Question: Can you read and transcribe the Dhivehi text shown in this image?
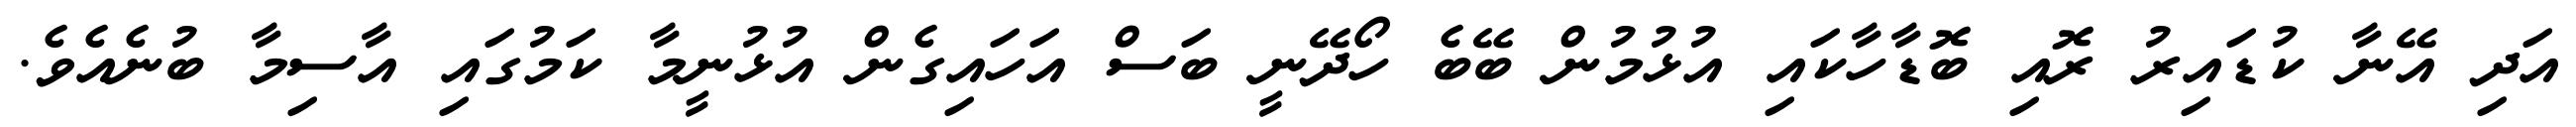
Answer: އަދި އޭނާ ކުޑައިރު ރޮއި ބޮޑާހާކައި އުޅުމުން ބޭބެ ހޯދޭނީ ބަސް އަހައިގެން އުޅުނީމާ ކަމުގައި އާސިމާ ބުނެއެވެ.